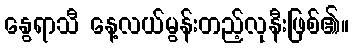
နွေရာသီ နေ့လယ်မွန်းတည့်လုနီးဖြစ်၏။